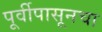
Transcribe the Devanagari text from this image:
पूर्वीपासूनचा